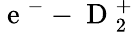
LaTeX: \mathrm{~e~}^{-}-\mathrm{~D~}_{2}^{+}